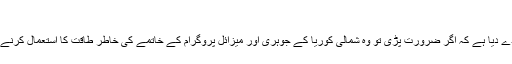
(07.08.2017)
امریکا نے عندیہ دے دیا ہے کہ اگر ضرورت پڑی تو وہ شمالی کوریا کے جوہری اور میزائل پروگرام کے خاتمے کی خاطر طاقت کا استعمال کرنے کے لیے تیار ہے۔